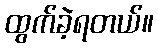
ထွက်ခဲ့ရတယ်။